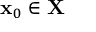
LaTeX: \mathbf { x } _ { 0 } \in \mathbf { X }